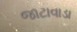
જાટાવાડા